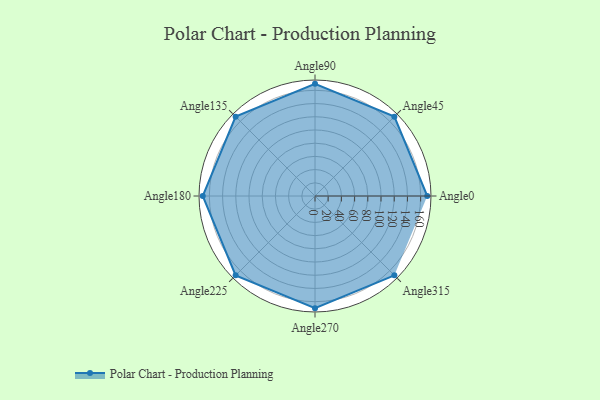
{"axis": {"x": "Angle", "y": "Radius"}, "legend": [""], "data": [{"x": "Angle0", "y": 170, "type": ""}, {"x": "Angle45", "y": 170, "type": ""}, {"x": "Angle90", "y": 170, "type": ""}, {"x": "Angle135", "y": 170, "type": ""}, {"x": "Angle180", "y": 170, "type": ""}, {"x": "Angle225", "y": 170.0, "type": ""}, {"x": "Angle270", "y": 170, "type": ""}, {"x": "Angle315", "y": 170, "type": ""}]}